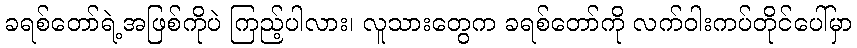
ခရစ်တော်ရဲ့အဖြစ်ကိုပဲ ကြည့်ပါလား၊ လူသားတွေက ခရစ်တော်ကို လက်ဝါးကပ်တိုင်ပေါ်မှာ